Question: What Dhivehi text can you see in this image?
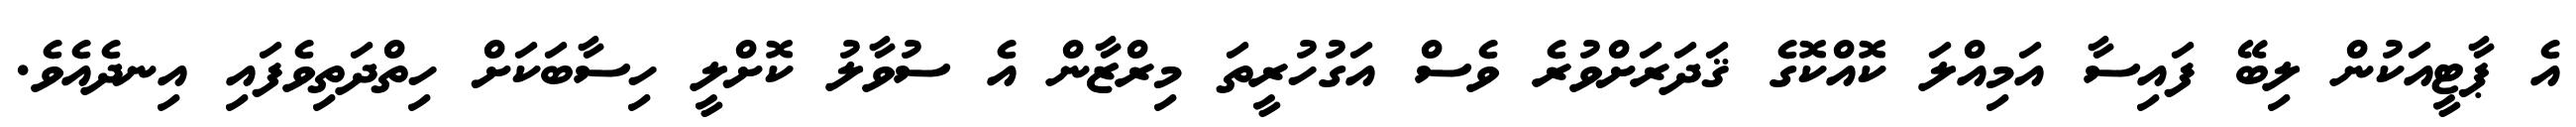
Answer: އެ ޕާޓީއަކުން ލިބޭ ފައިސާ އަމިއްލަ ކޮއްކޮގެ ޤަދަރަށްވުރެ ވެސް އަގުހުރީތަ މިރްޒާން އެ ސުވާލު ކޮށްލީ ހިސާބަކަށް ހިތްދަތިވެފައި އިނދެއެވެ.